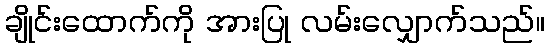
ချိုင်းထောက်ကို အားပြု လမ်းလျှောက်သည်။